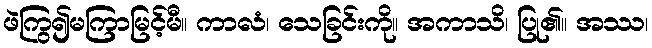
ဖဲကြွ၍မကြာမြင့်မီ။ ကာလံ၊ သေခြင်းကို။ အကာသိ၊ ပြု၏။ အဿ၊